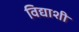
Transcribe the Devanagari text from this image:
विद्याशी